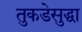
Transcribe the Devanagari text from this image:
तुकडेसुद्धा